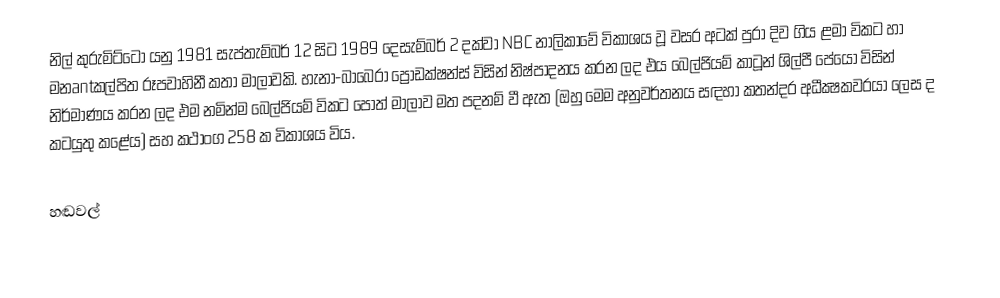
නිල් කුරුමිට්ටෝ යනු 1981 සැප්තැම්බර් 12 සිට 1989 දෙසැම්බර් 2 දක්වා NBC නාලිකාවේ විකාශය වූ වසර අටක් පුරා දිව ගිය ළමා විකට හා මනantකල්පිත රූපවාහිනී කතා මාලාවකි. හැනා-බාබෙරා ප්‍රොඩක්ෂන්ස් විසින් නිෂ්පාදනය කරන ලද එය බෙල්ජියම් කාටූන් ශිල්පී පේයෝ විසින් නිර්මාණය කරන ලද එම නමින්ම බෙල්ජියම් විකට පොත් මාලාව මත පදනම් වී ඇත (ඔහු මෙම අනුවර්තනය සඳහා කතන්දර අධීක්‍ෂකවරයා ලෙස ද කටයුතු කළේය) සහ කථාංග 258 ක විකාශය විය.

හඬවල්